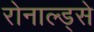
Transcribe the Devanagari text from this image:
रोनाल्ड्से